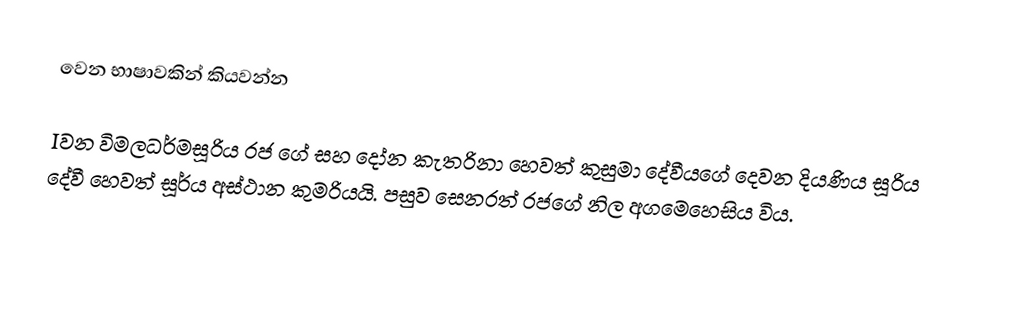
වෙන භාෂාවකින් කියවන්න

Iවන විමලධර්මසූරිය රජ ගේ සහ දෝන කැතරිනා හෙවත් කුසුමා දේවීයගේ දෙවන දියණිය සූරිය දේවී හෙවත් සූර්ය අස්ථාන කුමරියයි. පසුව සෙනරත් රජගේ නිල අගමෙහෙසිය විය.